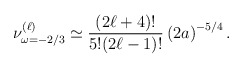
\begin{align*}\nu_{\omega=-2/3}^{(\ell)}\simeq\frac{(2\ell+4)!}{5!(2\ell-1)!}\left(2a\right)^{-5/4} .\end{align*}